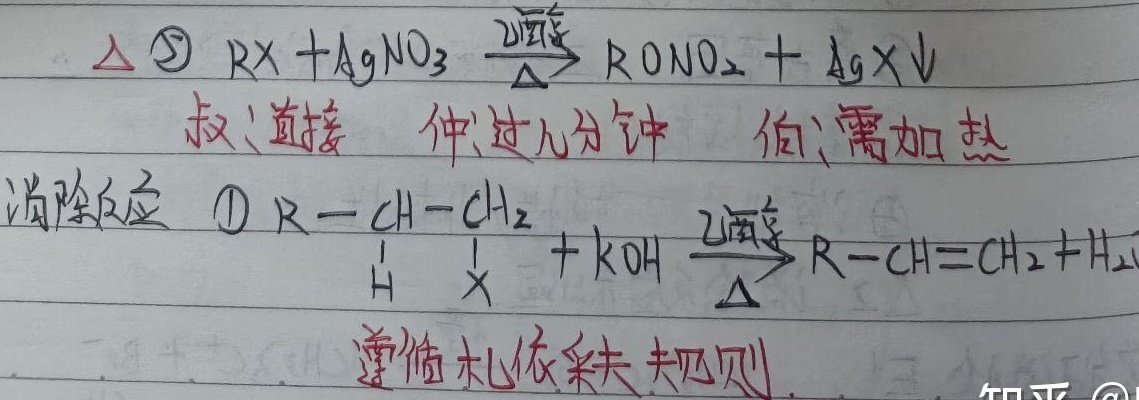
$\Delta$ \textcircled{5} \(RX + AgNO_{3}\xrightarrow[\Delta]{\text{醇溶液}}RONO_{2}+AgX\downarrow\)
叔：直接  仲：过几分钟  伯：需加热
消除反应 \textcircled{1} \( \underset{\overset{\vert}{H}}{R - CH}-\underset{\overset{\vert}{X}}{CH_{2}}+KOH\xrightarrow[\Delta]{\text{醇溶液}}R - CH = CH_{2}+H_{2}\) 遵循札依采夫规则